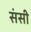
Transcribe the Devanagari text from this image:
संसी